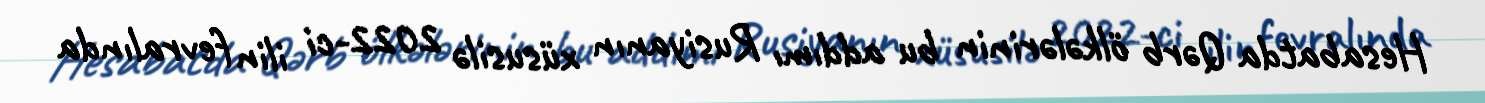
Hesabatda Qərb ölkələrinin bu addımı Rusiyanın xüsusilə 2022-ci ilin fevralında